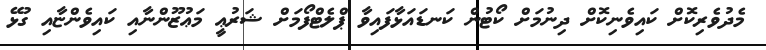
މެދުވެރިކޮށް ކައިވެނިކޮށް ދިނުމަށް ކޯޓުން ކަނޑައަޅާފައިވާ ޕްލެޓްފޯމަށް ޝަރުޢީ މަޢުޒޫންނާއި ކައިވެންޏާއި ގުޅޭ